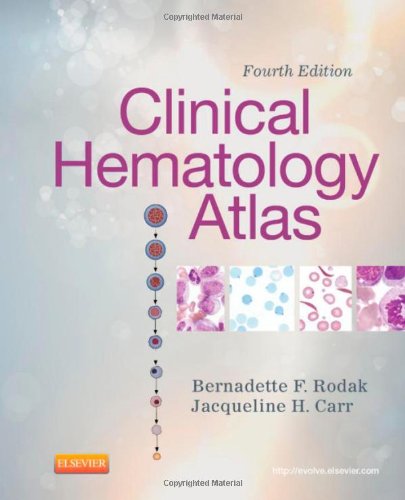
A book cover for Clinical Hematology Atlas, 4e; Bernadette F. Rodak MS  MLS; Medical Books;